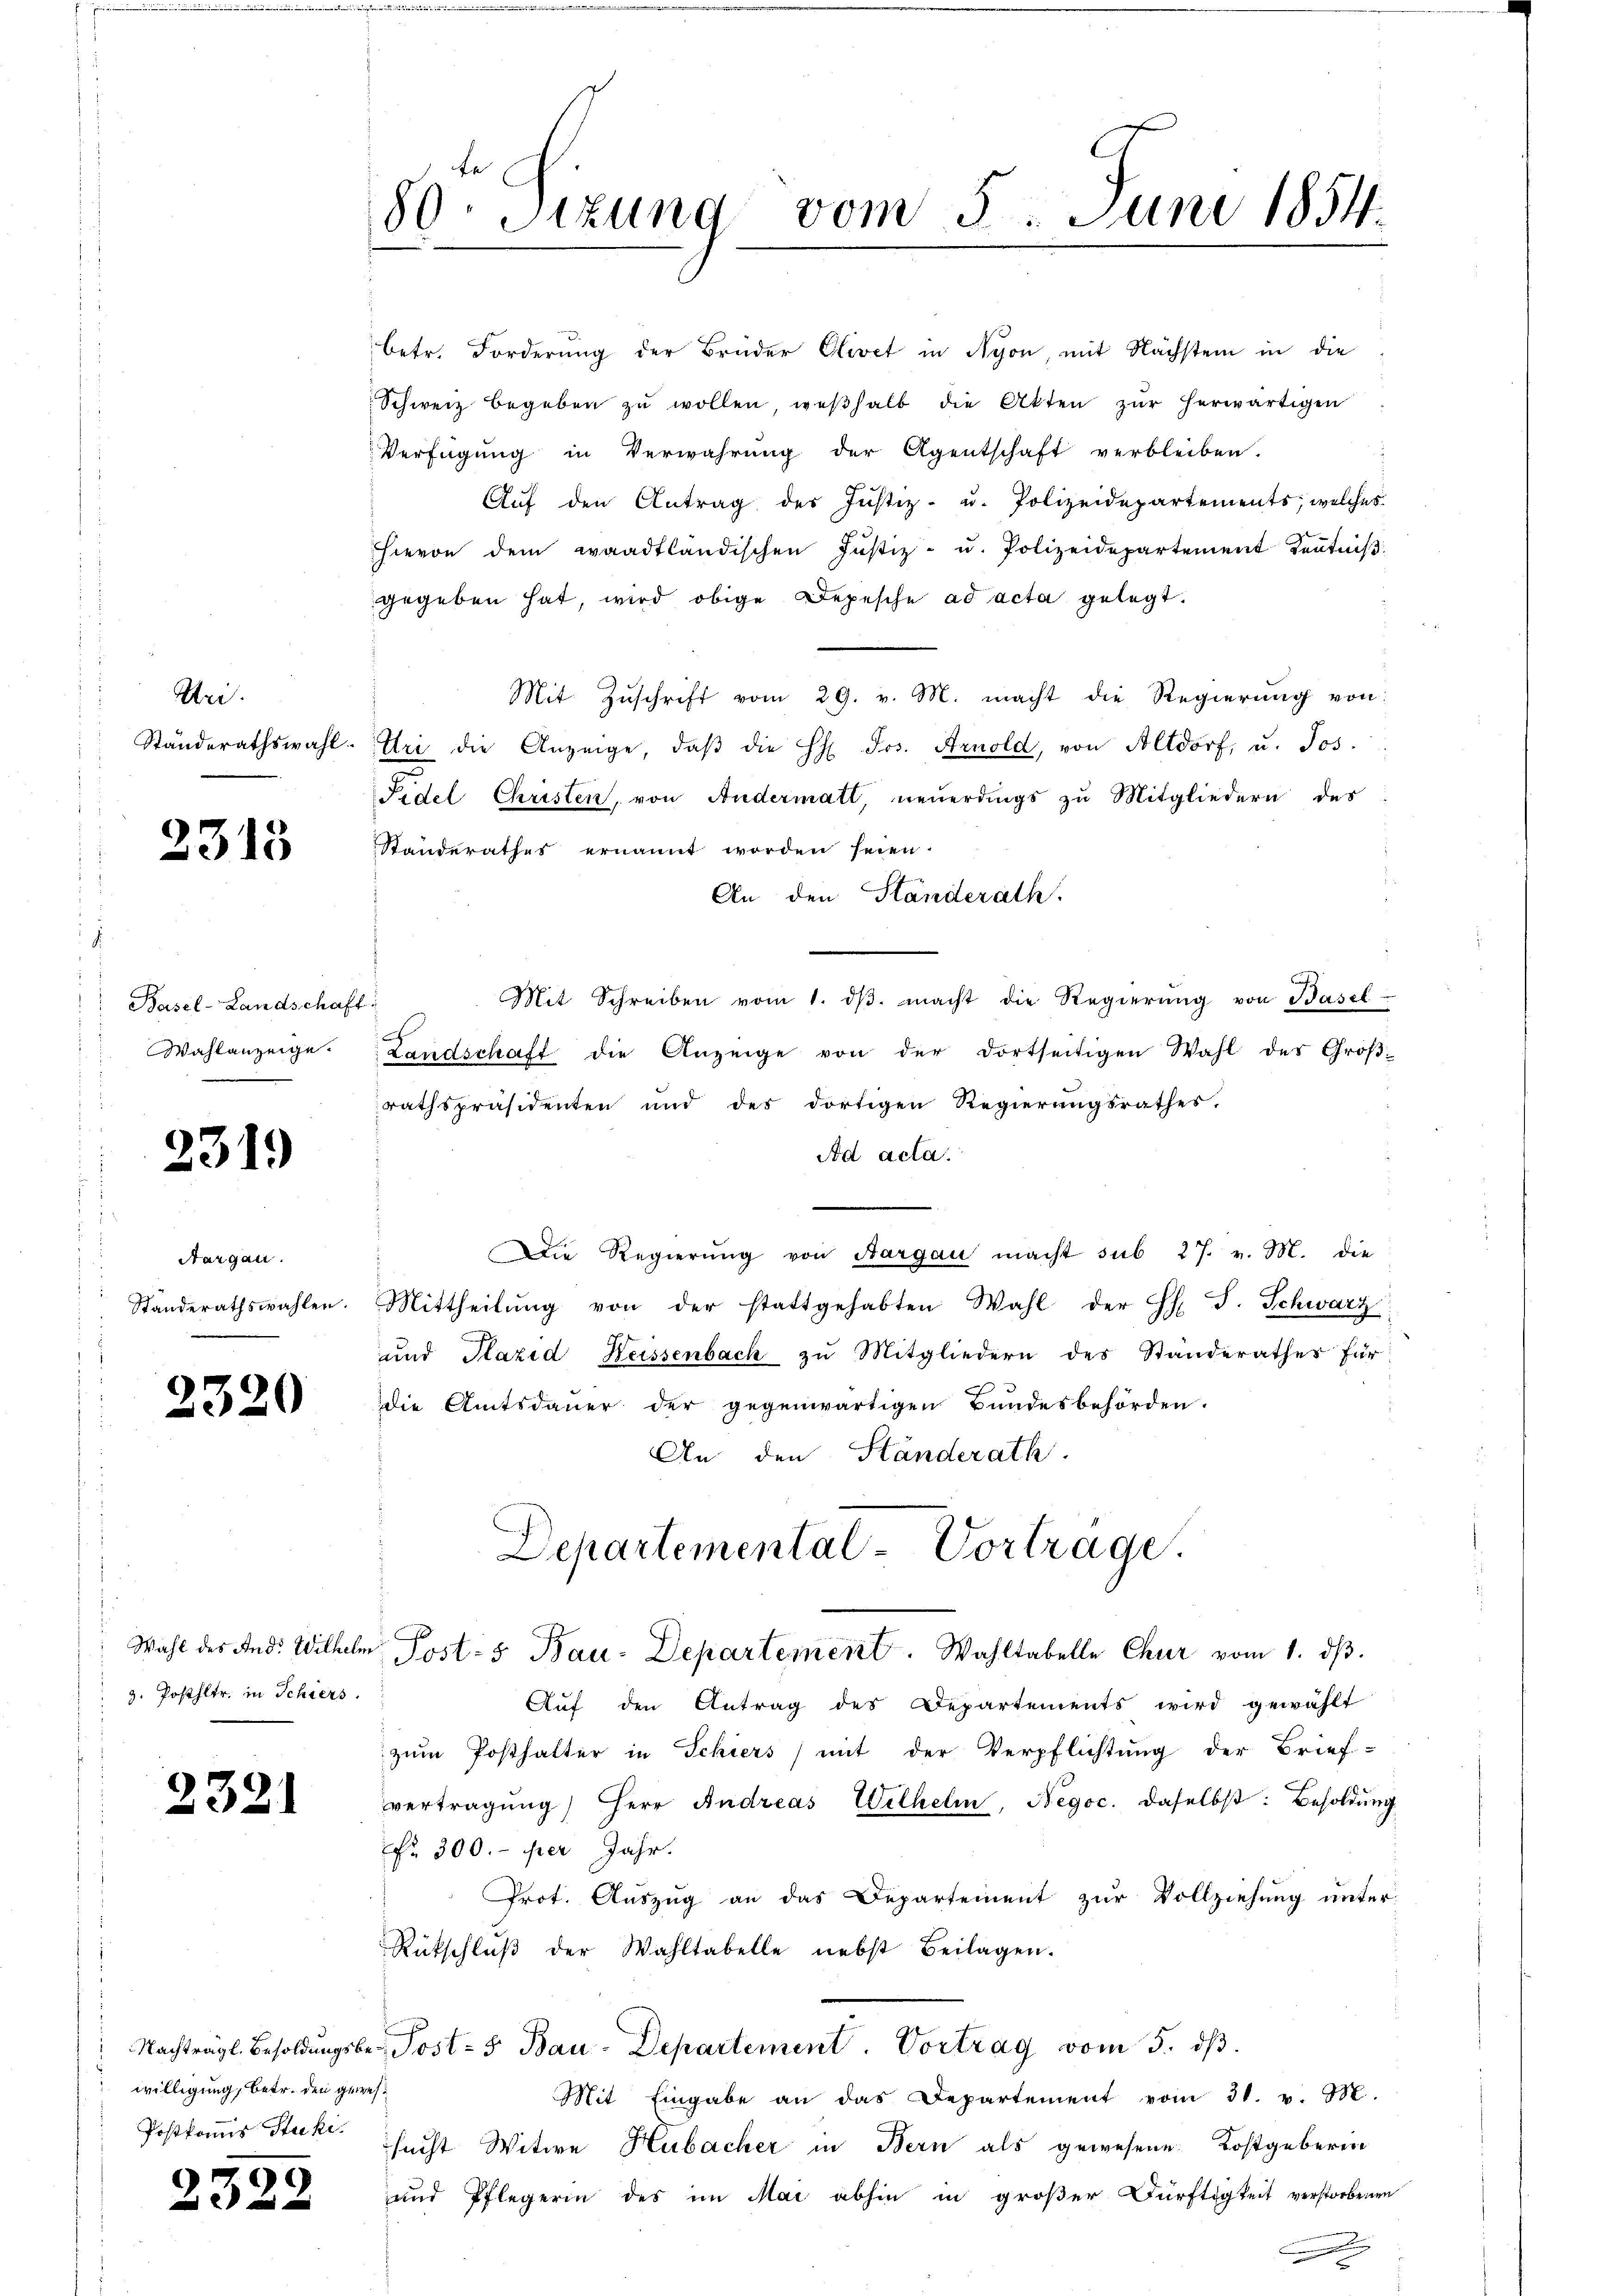
Uri.
Ständerathswahl.

2315

Basel-Landschaft
Wahlanzeige.

2319

Aargau.
d
:
Standerathswahlen.
—

2320

Wahl des And. Wilhelm
z. Posthltr. in Schiers.

2321

willigung, betr. den gewes¬
Postkommis Stucki.

)

235

d

80 Sizung vom 5. Juni 1854.

betr. Forderung der Brüder Clevet in Nyon, mit Nächstein in die
Schweiz begeben zŭ wollen, weshalb die Akten zŭr herwärtigen
Verfügŭng in Verwahrŭng der Agentschaft verbleiben.
Aŭf den Antrag der Justiz- u. Polizeidepartements, welches
hievon dem waadtländischen Jŭstiz- u. Polizeidepartement Kentniβ
gegeben hat, wird obige Depesche ad acta gelegt.
Mit Zŭschrift vom 29. v. M. macht die Regierung von
Uri die Anzeige, daβ die H: Jos. Arnold, von Altdorf, u. Jos.
Fidel Christen, von Andermatt, neuerdings zu Mitgliedern des
Standerathes ernannt worden seien.
An den Standerath.
Mit Schreiben vom 1. dβ. macht die Regierung von Basel-
s
Landschaft die Anzeige von der dortseitigen Wahl des Groβ-
rathspräsidenten und des dortigen Regierungsrathes,
Ad acta.
Die Regierŭng von Aargau macht sub 27. v. M. die
Mittheilŭng von der stattgehabten Wahl der S. S. Schwarz
und Plazid Heissenbach zu Mitgliedern des Standerathes für
die Amtsdauer der gegenwärtigen Bundesbehörden.
An den Ständerath.
Departemental-Vortrage.
 Posts Bau-Departement. Wahltabelle Chur vom 1. dβ.
Auf den Antrag des Departements wird gewählt
zum Posthalter in Schiers) mit der Verpflichtung der Brief-
vertragŭng Herr Andreas Wilhelm, Negoc. daselbst: Besoldung
fr 300.- per Jahr.
Prot. Auszug an das Departement zur Vollziehung unter
Rütschlŭβ der Wahltabelle nebst Beilagen.
: Nachträgl. Besoldungsber, Post- 5 Bau-Departement. Vortrag vom 5. ds.
Mit Eingabe an das Departement vom 31. v. M.
sucht Witwe Hubacher in Bern als gewesene Kostgeberin
und Pflegerin des im Mai abhin in großer Dürftigkeit verstorbenen
.
.